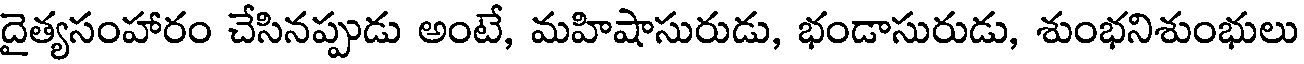
దైత్యసంహారం చేసినప్పుడు అంటే, మహిషాసురుడు, భండాసురుడు, శుంభనిశుంభులు